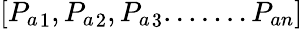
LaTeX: [{P_{a}}_{1},{P_{a}}_{2},{P_{a}}_{3}.......{P_{an}}]